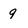
Character: 9